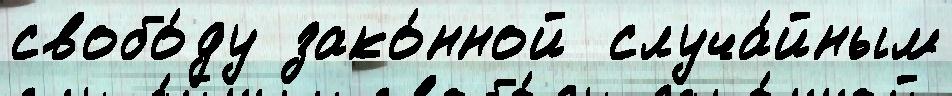
свобо́ду зако́нной  случа́йным